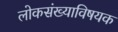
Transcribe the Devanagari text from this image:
लोकसंख्याविषयक